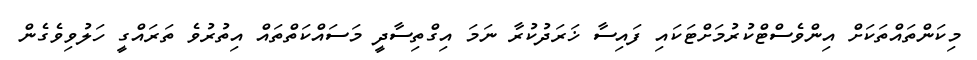
މިކަންތައްތަކަށް އިންވެސްޓްކުރުމަށްޓަކައި ފައިސާ ޚަރަދުކުރާ ނަމަ އިގްތިސާދީ މަސައްކަތްތައް އިތުރުވެ ތަރައްގީ ހަލުވިވެގެން